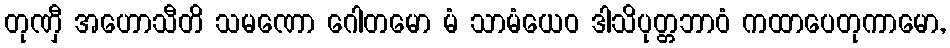
တုဏှီ အဟောသီတိ သမဏော ဂေါတမော မံ သာမံယေဝ ဒါသိပုတ္တဘာဝံ ကထာပေတုကာမော,